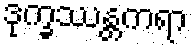
ဒုက္ခဿန္တကရာ